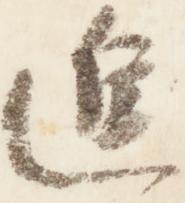
進